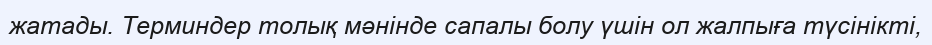
жатады. Терминдер толық мәнінде сапалы болу үшін ол жалпыға түсінікті,